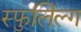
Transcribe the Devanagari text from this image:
स्फुलिंल्ग